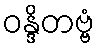
ဝန္ဒိတဗ္ဗံ